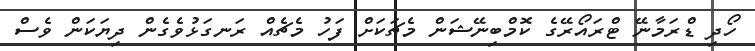
ހޯދި ޑްރަމާނޭ ޓްރައޯރޭގެ ކޮމްބިނޭޝަން މެޗަކަށް ފަހު މެޗެއް ރަނގަޅުވެގެން ދިޔަކަން ވެސް